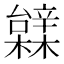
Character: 䢄